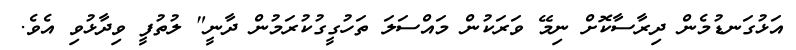
އަޅުގަނޑުމެން ދިރާސާކޮށް ނިމޭ ވަރަކުން މައްސަލަ ތަހުގީގުކުރަމުން ދާނީ" ލުތުފީ ވިދާޅުވި އެވެ.